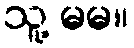
သူ့ မမ။